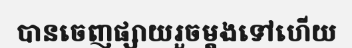
បានចេញផ្សាយរួចម្តងទៅហើយ